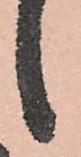
候